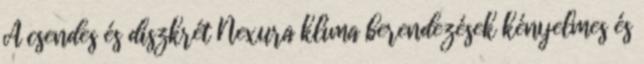
A csendes és diszkrét Nexura klíma berendezések kényelmes és